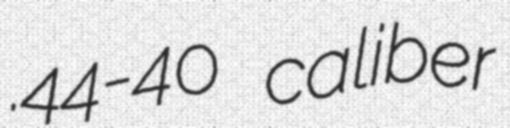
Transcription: .44-40 caliber